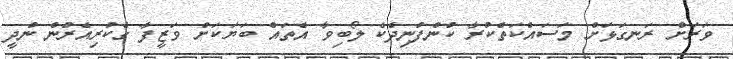
ވަރަށް ރަނގަޅަށް މަސައްކަތްކުރާ ކުންފުނިދެކެ ލޯބިވާ އެތައް ބަޔަކަށް ވަޒީފާ ގެކުރިއެރުން ނުދީ